Juri_Uluots, lk 62
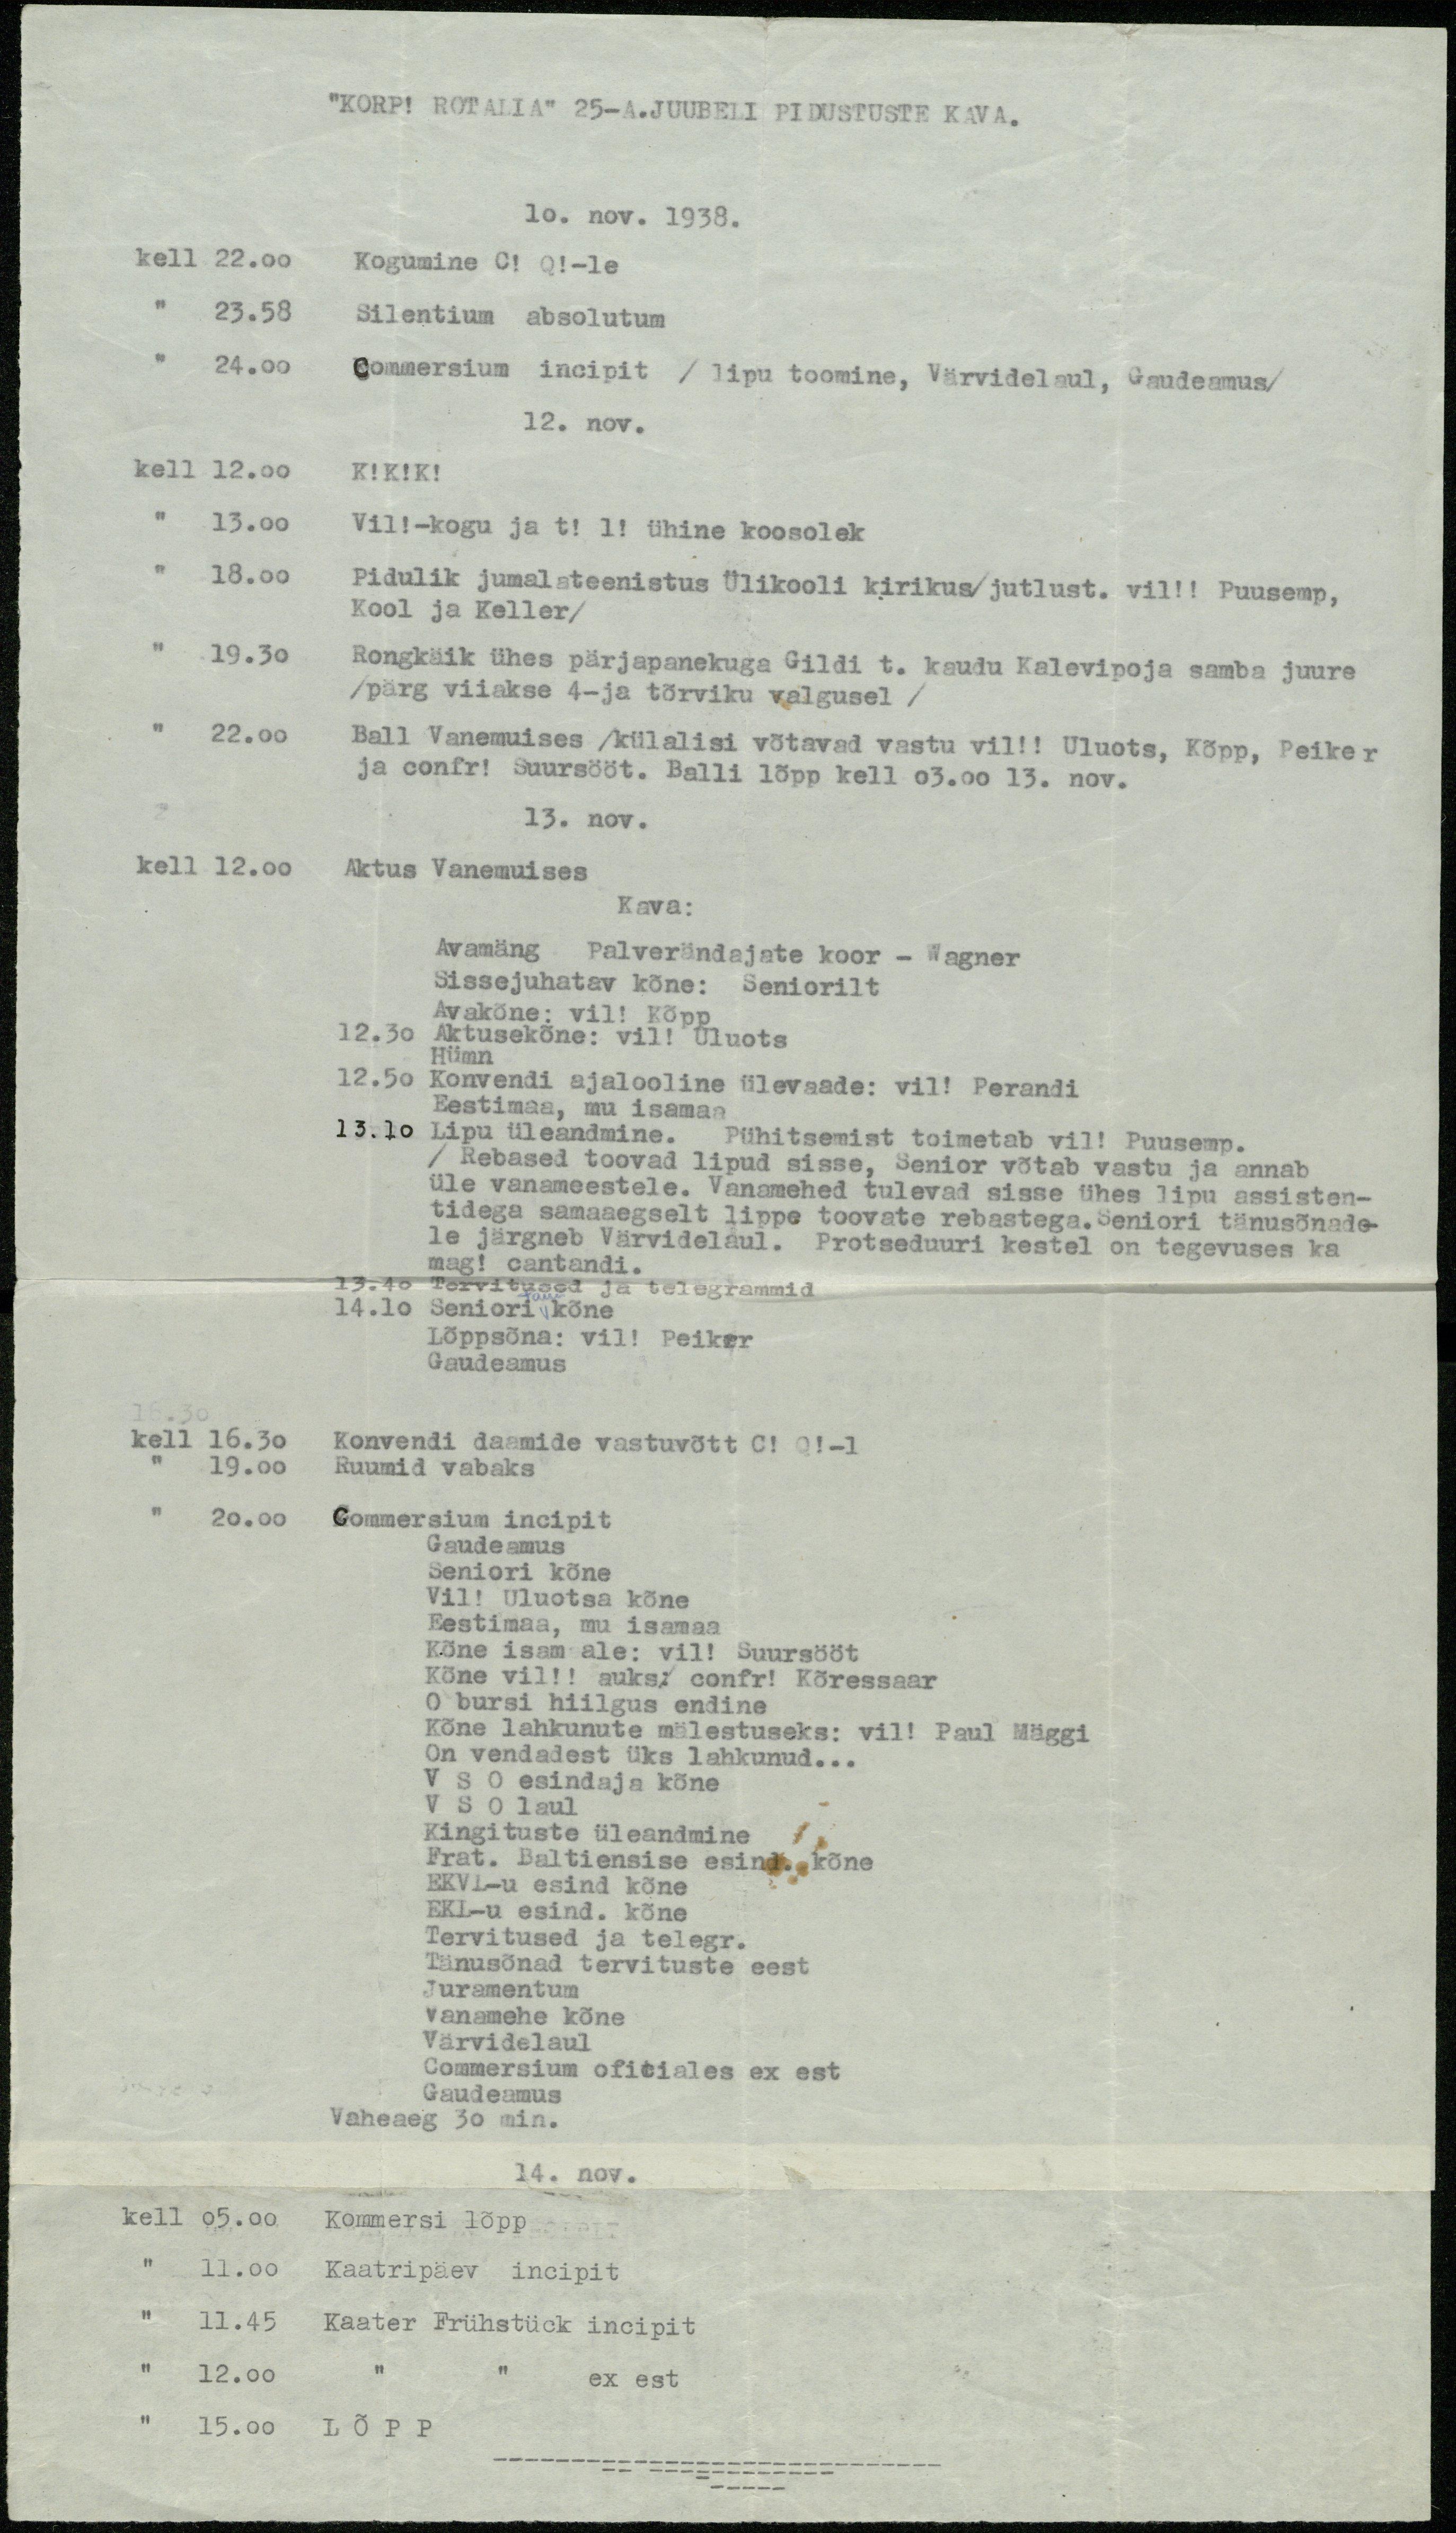
"KORP! ROTALIA" 25-A.JUUBELI PIDUSTUSTE KAVA.
10. nov. 1938.
kell 22.00 Kogumine C! Q!-le
" 23.58 Silentium absolutum
" 24.00 Commersium incipit / lipu toomine, Värvidelaul, Gaudeamus/
12. nov.
kell 12.00 K!K!K!
" 13.00 Vil!-kogu ja t! l! ühine koosolek
" 18.00 Pidulik jumalateenistus Ülikooli kirikus/jutlust. vil!! Puusemp,
Kool ja Keller/
" 19.30 Rongkäik ühes pärjapanekuga Gildi t. kaudu Kalevipoja samba juure
/pärg viiakse 4-ja tõrviku valgusel /
" 22.00 Ball Vanemuises /külalisi võtavad vastu vil!! Uluots, Kõpp, Peiker
ja confr! Suursööt. Balli lõpp kell 03.00 13. nov.
13. nov.
kell 12.00. Aktus Vanemuises
Kava:
Avamäng Palverändajate koor - Wagner
Sissejuhatav kõne: Seniorilt
Avakõne: vil! Kõpp
12.30. Aktusekõne: vil! Uluots
Hümn
12.50 Konvendi ajalooline ülevaade: vil! Perandi
Eestimaa, mu isamaa
13.10 Lipu üleandmine. Pühitsemist toimetab vil! Puusemp
/ Reabased toovad lipud sisse. Senior võtab vastu ja annab
üle vanameestele. Vanamehed tulevad sisse ühes lipu assisten-
tidega samaaegselt lippe toovate rebastega.Seniori tänusõnade-
le järgneb Värvidelaul. Protseduuri kestel on tegevuses ka
mag! cantandi.
13.40 Tervitused ja telegrammid
14.10 Seniori tänukõne
Lõppsõna: vil! Peiker
Gaudeamus
kell 16.30 Konvendi daamide vastuvõtt C! Q!-l
" 19.00 Ruumid vabaks
" 20.00 Commersium incipit
Gaudeamus
Seniori kõne
Vil! Uluotsa kõne
Eestimaa, mu isamaa
Kõne isam ale: vil! Suursööt
Kõne vil!! auks: confr! Kõressaar
O bursi hiilgus endine
Kõne lahkunute mälestuseks: vil! Paul Mäggi
On vendadest üks lahkunud...
VSO esindaja kõne
VSO laul
Kingituste üleandmine
Frat. Baltiensise esind. kõne
EKVL-u esind kõne
EKL-u esind. kõne
Tervitused ja telegr.
Tänusõnad tervituste eest
Juramentum
Vanamehe kõne
Värvidelaul
Commersium oficiales ex est
Gaudeamus
Vaheaeg 30 min.
14. nov.
kell 05.00 Kommersi lõpp
" 11.00 Kaatripäev incipit
" 11.45 Kaater Frühstück incipit
" 12.00 " " ex est
"15.00 LÕPP